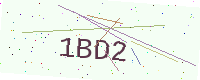
Text: 1BD2